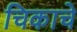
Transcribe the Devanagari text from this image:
चिकाचे